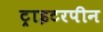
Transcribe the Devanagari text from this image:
ट्राइटरपीन